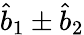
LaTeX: \hat{b}_{1}\pm\hat{b}_{2}